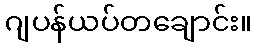
ဂျပန်ယပ်တချောင်း။